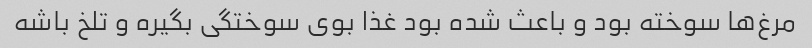
مرغ‌ها سوخته بود و باعث شده بود غذا بوی سوختگی بگیره و تلخ باشه